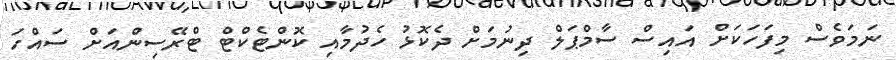
ނަމަވެސް މިފަހަކަށް އައިސް ސާމްޕަލް ދިނުމަށް ދެކޮޅު ހެދުމާއި ކޮންޓެކްޓް ޓްރޭސިންއަށް ސައްހަ